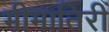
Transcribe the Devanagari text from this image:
भीमातिरीं